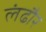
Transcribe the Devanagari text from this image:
लंढौर